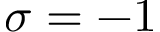
\sigma = - 1